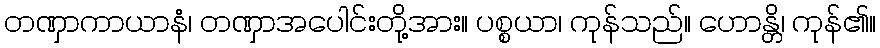
တဏှာကာယာနံ၊ တဏှာအပေါင်းတို့အား။ ပစ္စယာ၊ ကုန်သည်။ ဟောန္တိ၊ ကုန်၏။